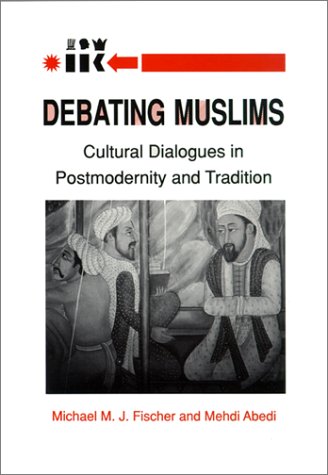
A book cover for Debating Muslims:  Cultural Dialogues in Postmodernity and Tradition (New Directions in Anthropological Writing); Michael M. J. Fischer; Religion & Spirituality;